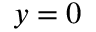
y = 0